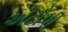
એટોપી